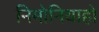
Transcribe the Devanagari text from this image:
निमोनियाहो